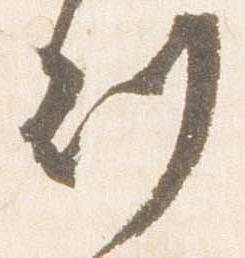
刻